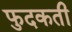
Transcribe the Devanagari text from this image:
फुदकती